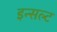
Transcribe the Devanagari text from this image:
इन्सल्ट